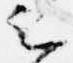
云